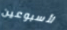
لأسبوعين